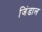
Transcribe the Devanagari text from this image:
जिंडाल